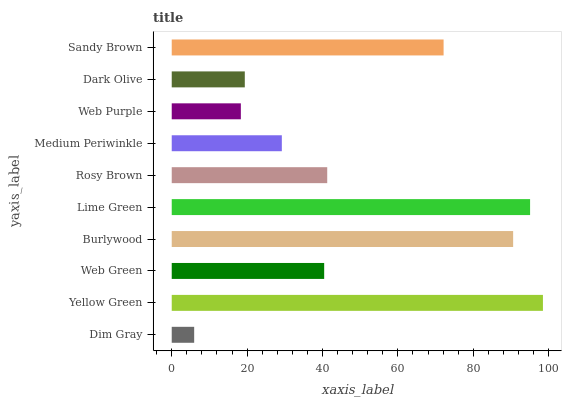
| yaxis_label | bars |
 | --- | --- |
 | Dim Gray | 5.95 |
 | Yellow Green | 98.5 |
 | Web Green | 40.4 |
 | Burlywood | 90.6 |
 | Lime Green | 95.1 |
 | Rosy Brown | 41.3 |
 | Medium Periwinkle | 29.2 |
 | Web Purple | 18.3 |
 | Dark Olive | 19.4 |
 | Sandy Brown | 72.1 |